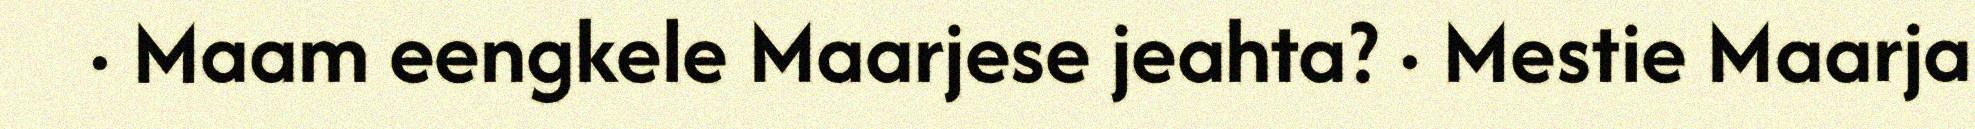
· Maam eengkele Maarjese jeahta? · Mestie Maarja